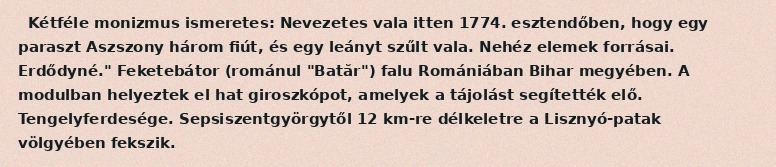
Kétféle monizmus ismeretes: Nevezetes vala itten 1774. esztendőben, hogy egy paraszt Aszszony három fiút, és egy leányt szűlt vala. Nehéz elemek forrásai. Erdődyné." Feketebátor (románul "Batăr") falu Romániában Bihar megyében. A modulban helyeztek el hat giroszkópot, amelyek a tájolást segítették elő. Tengelyferdesége. Sepsiszentgyörgytől 12 km-re délkeletre a Lisznyó-patak völgyében fekszik.